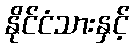
နိုင်ငံသားနှင့်